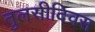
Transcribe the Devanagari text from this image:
तुलसीदिवस